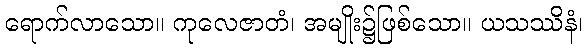
ရောက်လာသော။ ကုလေဇာတံ၊ အမျိုး၌ဖြစ်သော။ ယသဿိနံ၊